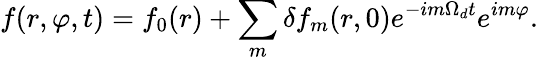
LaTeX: f(r,\varphi,t)=f_{0}(r)+\sum_{m}\delta f_{m}(r,0)e^{-im\Omega_{d}t}e^{im\varphi}.